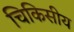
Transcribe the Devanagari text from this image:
चिकिसीय